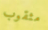
مثقوب